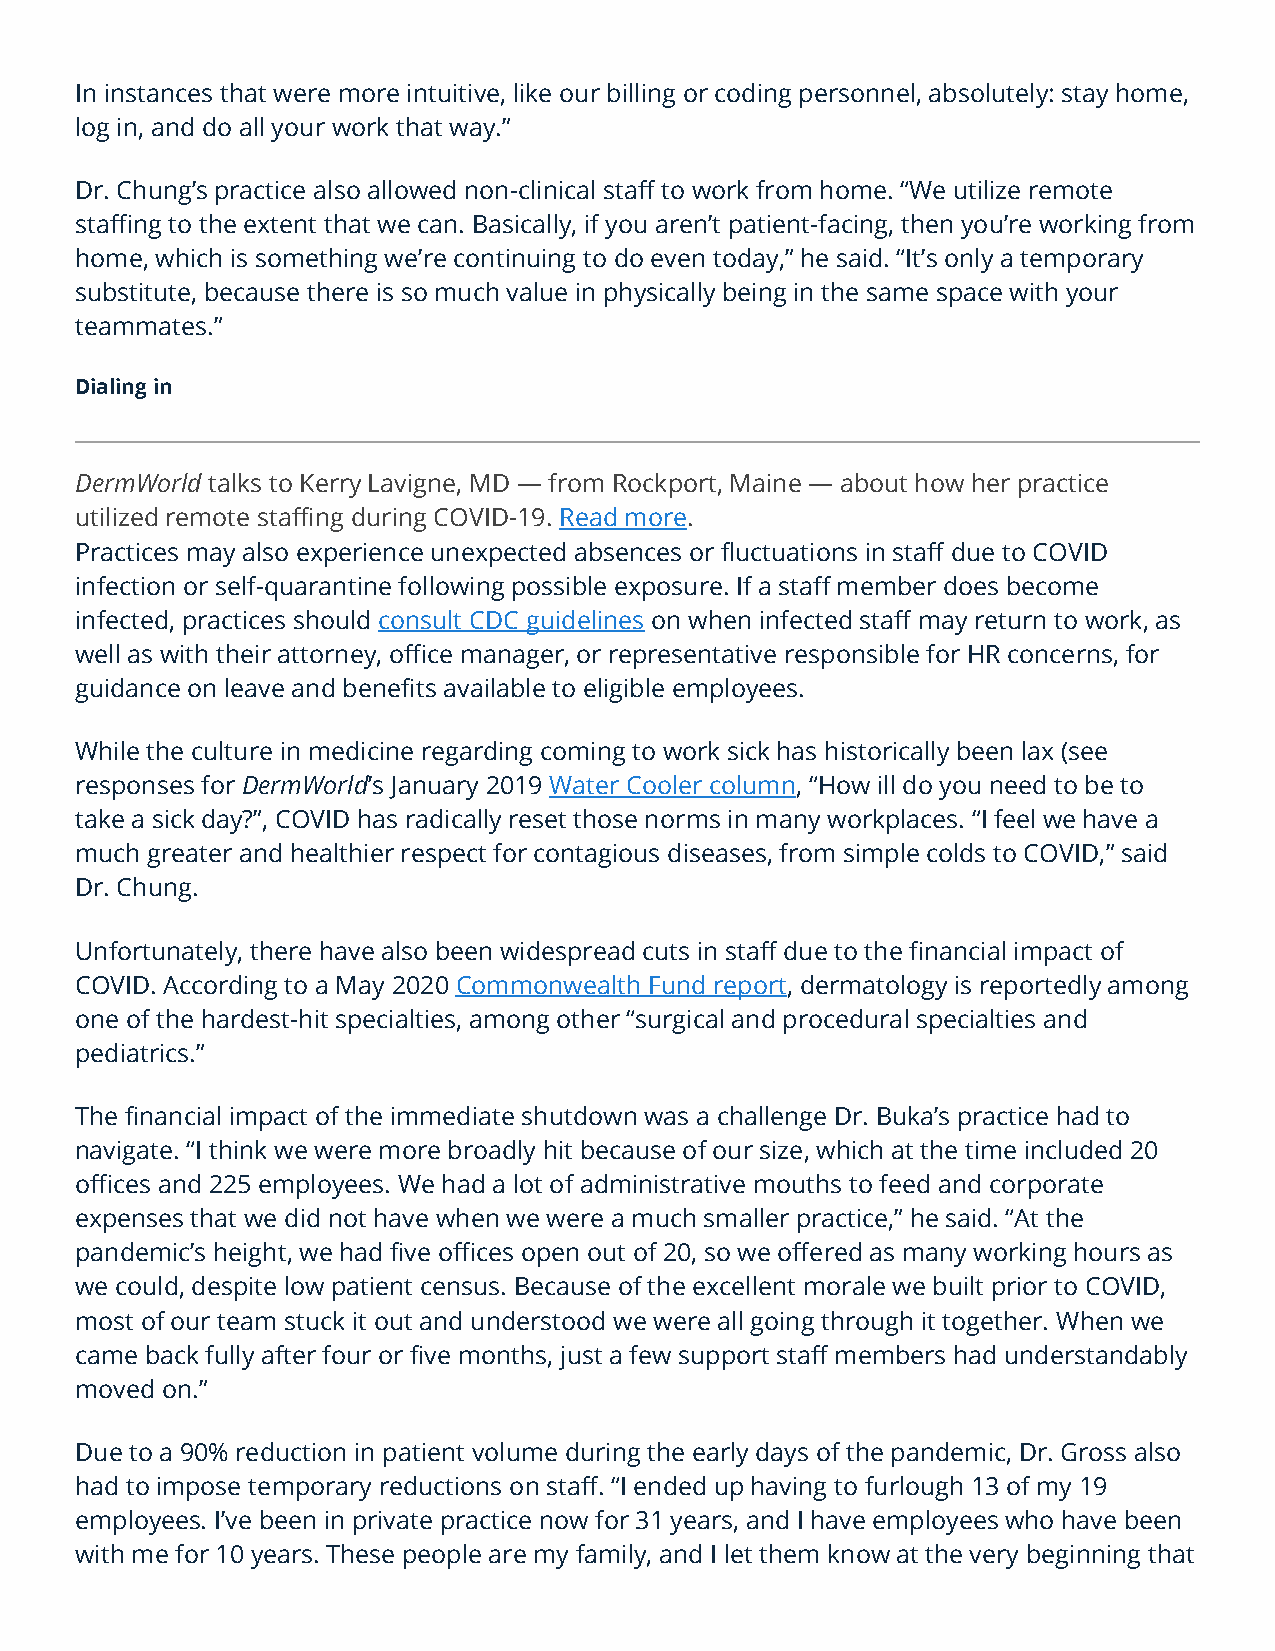
In instances that were more intuitive, like our billing or coding personnel, absolutely: stay home,
 log in, and do all your work that way.”
 Dr. Chung’s practice also allowed non-clinical staff to work from home. “We utilize remote
 staffing to the extent that we can. Basically, if you aren’t patient-facing, then you’re working from
 home, which is something we’re continuing to do even today,” he said. “It’s only a temporary
 substitute, because there is so much value in physically being in the same space with your
 teammates.”
 Dialing in
 DermWorld talks to Kerry Lavigne, MD — from Rockport, Maine — about how her practice
 utilized remote staffing during COVID-19. Read more.
 Practices may also experience unexpected absences or fluctuations in staff due to COVID
 infection or self-quarantine following possible exposure. If a staff member does become
 infected, practices should consult CDC guidelines on when infected staff may return to work, as
 well as with their attorney, office manager, or representative responsible for HR concerns, for
 guidance on leave and benefits available to eligible employees.
 While the culture in medicine regarding coming to work sick has historically been lax (see
 responses for DermWorld’s January 2019 Water Cooler column, “How ill do you need to be to
 take a sick day?”, COVID has radically reset those norms in many workplaces. “I feel we have a
 much greater and healthier respect for contagious diseases, from simple colds to COVID,” said
 Dr. Chung.
 Unfortunately, there have also been widespread cuts in staff due to the financial impact of
 COVID. According to a May 2020 Commonwealth Fund report, dermatology is reportedly among
 one of the hardest-hit specialties, among other “surgical and procedural specialties and
 pediatrics.”
 The financial impact of the immediate shutdown was a challenge Dr. Buka’s practice had to
 navigate. “I think we were more broadly hit because of our size, which at the time included 20
 offices and 225 employees. We had a lot of administrative mouths to feed and corporate
 expenses that we did not have when we were a much smaller practice,” he said. “At the
 pandemic’s height, we had five offices open out of 20, so we offered as many working hours as
 we could, despite low patient census. Because of the excellent morale we built prior to COVID,
 most of our team stuck it out and understood we were all going through it together. When we
 came back fully after four or five months, just a few support staff members had understandably
 moved on.”
 Due to a 90% reduction in patient volume during the early days of the pandemic, Dr. Gross also
 had to impose temporary reductions on staff. “I ended up having to furlough 13 of my 19
 employees. I’ve been in private practice now for 31 years, and I have employees who have been
 with me for 10 years. These people are my family, and I let them know at the very beginning that